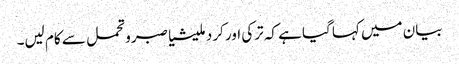
بیان میں کہا گیا ہے کہ ترکی اور کرد ملیشیا صبرو تحمل سے کام لیں۔